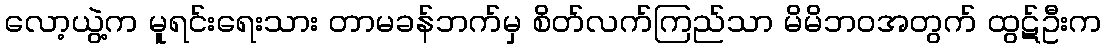
လော့ယွဲ့က မူရင်းရေးသား တာမခန်ဘက်မှ စိတ်လက်ကြည်သာ မိမိဘဝအတွက် ထွဋ်ဦးက